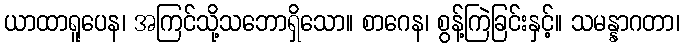
ယာထာရူပေန၊ အကြင်သို့သဘောရှိသော။ စာဂေန၊ စွန့်ကြဲခြင်းနှင့်။ သမန္နာဂတာ၊